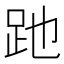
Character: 𧿇